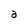
Character: a